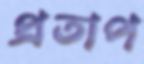
প্রতাপ